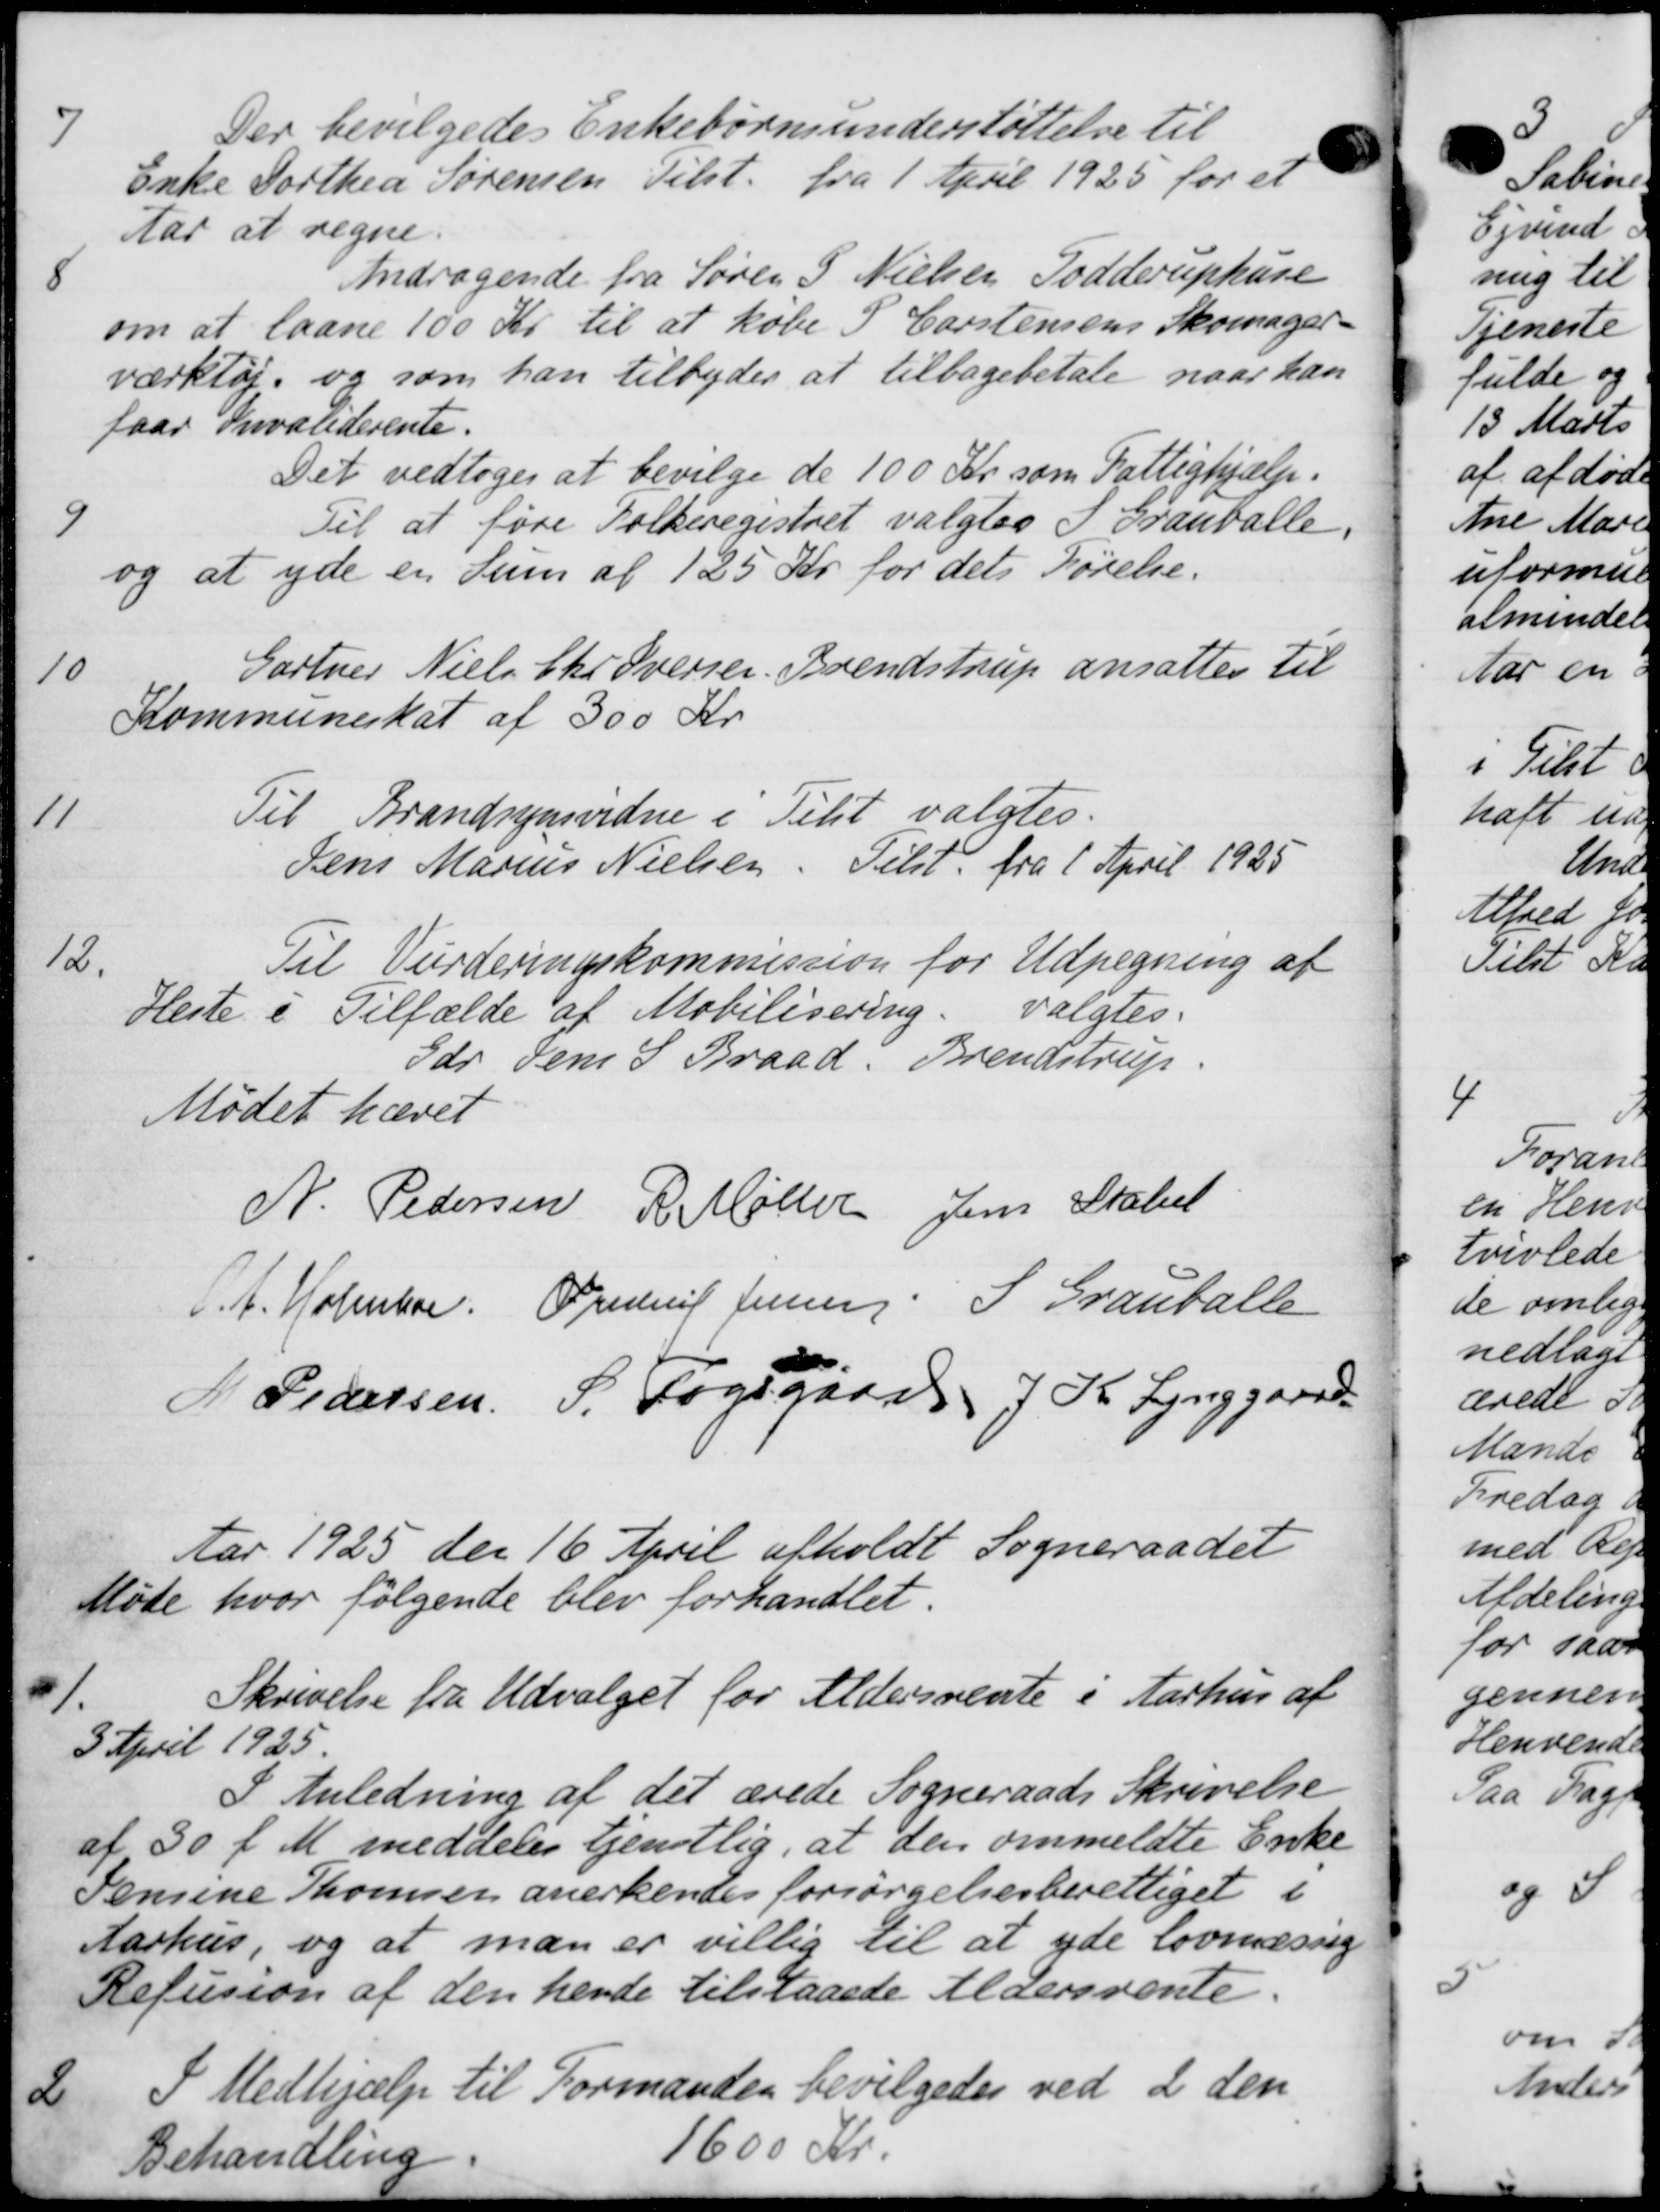
Transskription:
7
Der bevilgedes Enkebørnsunderstøttelse til
Enke Forthea Sørensen Tilst. fra 1 April 1925 for et
Aar at regne.
8
Andragende fra Søren S. Nielsen Todderuphuse
om at laane 100 Kr. til at købe S. Carstensens Skomager-
værktøj, og som han tilbydes at tilbagebetale naar han
faar Invaliderente.
Det vedtoges at bevilge de 100 Kr. som Fattighjælp.
9
Til at føre Folkeregistret valgtes I Granballe,
og at yde en Sum af 125 Kr for dets Førelse.
10
Gartner Niels Chr. Oversen. Brendstrup ansattes til
Kommuneskat af 300 Kr.
11
Til Brandsynsvidne i Tilst valgtes.
Jens Marius Nielsen. Tilst fra 1 April 1925
12
Til Vurderingskommission for Udpegning af
Heste i Tilfælde af Mobilisering valgtes.
Gdr. Jem S Braad: Brendstrup.
Mødet hævet
N. Pedersen R. Møller Jens Stabel
S. A. Holmber. Ordrup Jensen. I Grantalle
H. Pedersen S. Fogsgaard 1 Kr. Lynggaard
Aar 1925 den 16 April afholdt Sogneraadet
Møde hvor følgende blev forhandlet.
1.
Skrivelse fra Udvalget for Aldersrente i Aarhus af
3 April 1925.
I Anledning af det ærede Sogneraads Skrivelse
af 30 f. M. meddeles tjenstlig, at den ommeldte Enke
Semine Thomsen anerkendes forsørgelsesberettiget i
Aarhus, og at man er villig til at yde lovmæssig
Refusion af den hende tilstaaede Aldersrente.
2
I Medhjælp til Formanden bevilgedes ved 2 den
Behandling
1600 Kr